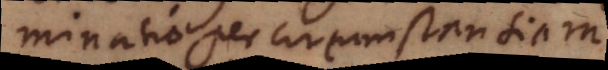
denominatio per circumstantiam.